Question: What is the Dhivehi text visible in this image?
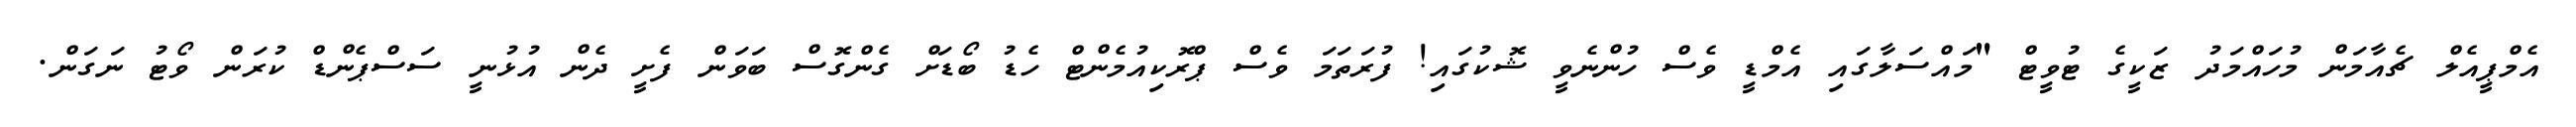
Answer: އެމްޕީއެލް ޗެއާމަން މުހައްމަދު ޒަކީގެ ޓުވީޓް "މައްސަލާގައި އެމްޑީ ވެސް ހުންނެވީ ޝޮކުގައި! ފުރަތަމަ ވެސް ޕްރޮކިއުމެންޓް ހެޑު ބޯޑަށް ގެންގޮސް ބަވަން ފެށީ ދެން އުޅުނީ ސަސްޕެންޑް ކުރަން ވޯޓު ނަގަން.